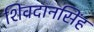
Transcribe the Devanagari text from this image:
शिवदानसिंह